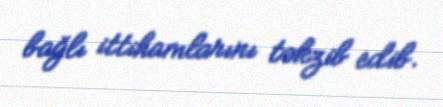
bağlı ittihamlarını təkzib edib.